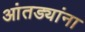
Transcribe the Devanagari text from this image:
आंतड्यांना